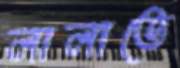
লালাতে